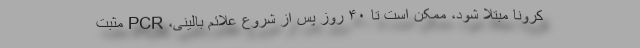
کرونا مبتلا شود، ممکن است تا ۴۰ روز پس از شروع علائم بالینی، PCR مثبت